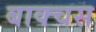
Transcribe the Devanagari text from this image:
बाक्चस